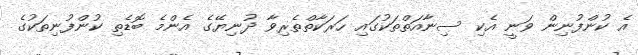
އެ ކުންފުނިން ވަނީ އެކި ސިނާއަތްތަކުގައި ހަރަކާތްތެރިވާ ދުނިޔޭގެ އެންމެ ބޮޑެތި ކުންފުނިތަކުގެ